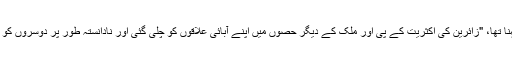
ان کا مزید کہنا تھا، "زائرین کی اکثریت کے پی اور ملک کے دیگر حصوں میں اپنے آبائی علاقوں کو چلی گئی اور نادانستہ طور پر دوسروں کو متاثرہ بنا دیا۔